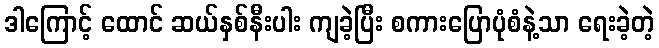
ဒါကြောင့် ထောင် ဆယ်နှစ်နီးပါး ကျခဲ့ပြီး စကားပြောပုံစံနဲ့သာ ရေးခဲ့တဲ့